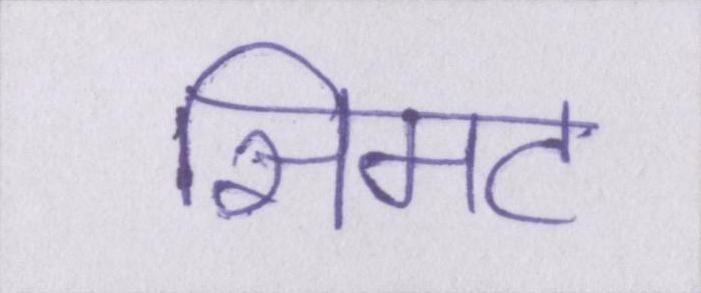
सिमट